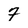
Character: 7